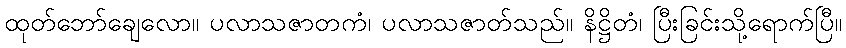
ထုတ်ဘော်ချေလော။ ပလာသဇာတကံ၊ ပလာသဇာတ်သည်။ နိဋ္ဌိတံ၊ ပြီးခြင်းသို့ရောက်ပြီ။